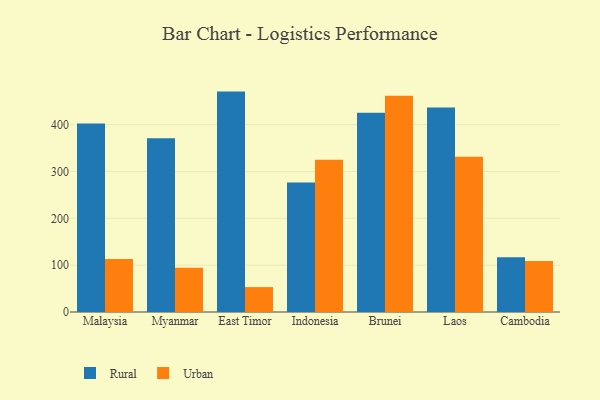
{"axis": {"x": "Country", "y": "Humidity (%)"}, "legend": ["Rural", "Urban"], "data": [{"x": "Malaysia", "y": 402.6, "type": "Rural"}, {"x": "Malaysia", "y": 113.3, "type": "Urban"}, {"x": "Myanmar", "y": 370.8, "type": "Rural"}, {"x": "Myanmar", "y": 94.6, "type": "Urban"}, {"x": "East Timor", "y": 470.5, "type": "Rural"}, {"x": "East Timor", "y": 53.2, "type": "Urban"}, {"x": "Indonesia", "y": 276.7, "type": "Rural"}, {"x": "Indonesia", "y": 325.2, "type": "Urban"}, {"x": "Brunei", "y": 425.5, "type": "Rural"}, {"x": "Brunei", "y": 461.6, "type": "Urban"}, {"x": "Laos", "y": 436.3, "type": "Rural"}, {"x": "Laos", "y": 331.3, "type": "Urban"}, {"x": "Cambodia", "y": 117.1, "type": "Rural"}, {"x": "Cambodia", "y": 108.7, "type": "Urban"}]}